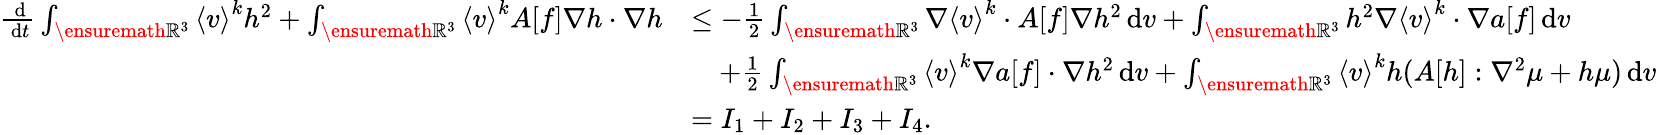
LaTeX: \begin{array}{rl}{\frac{\, \mathrm{d}}{\, \mathrm{d}t}\int_{\ensuremath{{\mathbb R}}^{3}}\left\langle v\right\rangle^{k}h^{2}+\int_{\ensuremath{{\mathbb R}}^{3}}\left\langle v\right\rangle^{k}A[f]\nabla h\cdot\nabla h}&{\le-\frac{1}{2}\int_{\ensuremath{{\mathbb R}}^{3}}\nabla\left\langle v\right\rangle^{k}\cdot A[f]\nabla h^{2}\, \mathrm{d}v+\int_{\ensuremath{{\mathbb R}}^{3}}h^{2}\nabla\left\langle v\right\rangle^{k}\cdot\nabla a[f]\, \mathrm{d}v}\\ &{\quad+\frac{1}{2}\int_{\ensuremath{{\mathbb R}}^{3}}\left\langle v\right\rangle^{k}\nabla a[f]\cdot\nabla h^{2}\, \mathrm{d}v+\int_{\ensuremath{{\mathbb R}}^{3}}\left\langle v\right\rangle^{k}h(A[h]:\nabla^{2}\mu+h\mu)\, \mathrm{d}v}\\ &{=I_{1}+I_{2}+I_{3}+I_{4}.}\end{array}